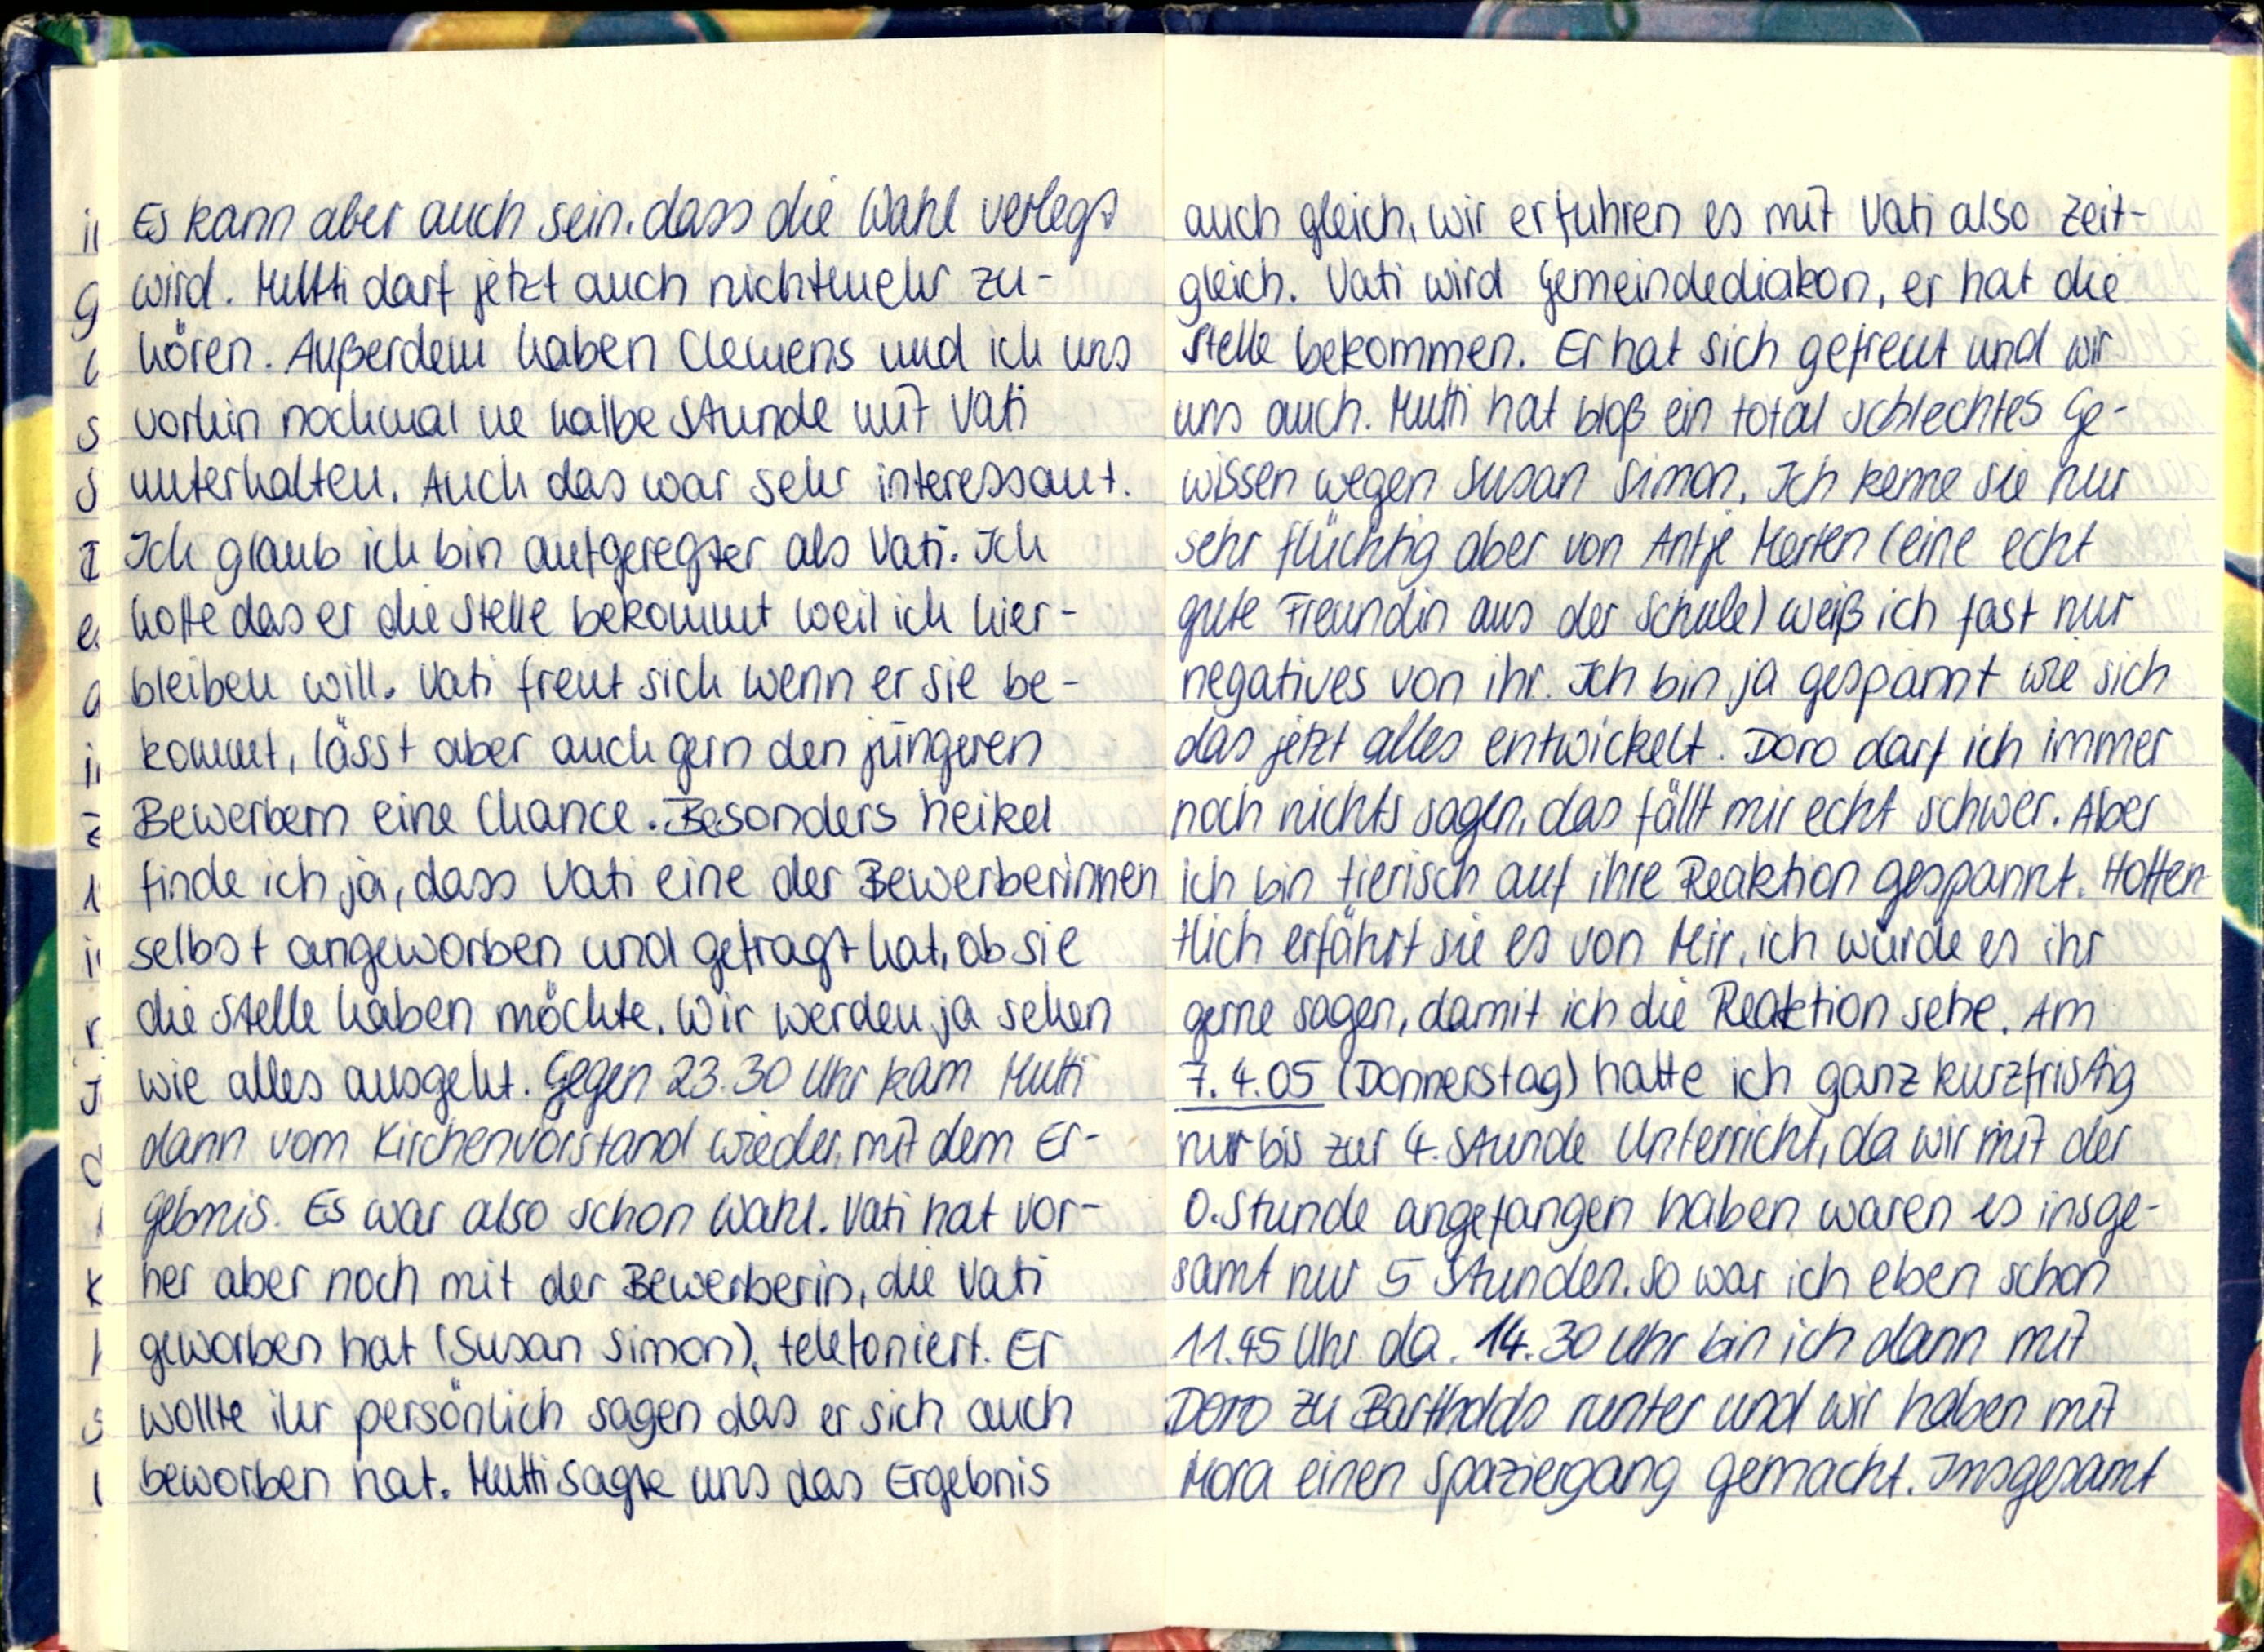
Es kann aber auch sein, dass die Wahl verlegt
wird. Mutti darf jetzt auch nichtmehr zu-
hören. Außerdem haben Clemens und ich uns
vorhin nochmal ne halbe Stunde mit Vati
unterhalten. Auch das war sehr interessant.
Ich glaub ich bin aufgeregter als Vati. Ich
hoffe das er die Stelle bekommt weil ich hier-
bleiben will. Vati freut sich wenn er sie be-
kommt, lässt aber auch gern den jüngeren
Bewerbern eine Chance. Besonders heikel
finde ich ja, dass Vati eine der Bewerberinnen
selbst angeworben und gefragt hat, ob sie
die Stelle haben möchte. Wir werden ja sehen
wie alles ausgeht. Gegen 23.30 Uhr kam Mutti
dann vom Kirchenvorstand wieder, mit dem Er-
gebnis. Es war also schon Wahl. Vati hat vor-
her aber noch mit der Bewerberin, die Vati
geworben hat (Susan Simon), telefoniert. Er
wollte ihr persönlich sagen das er sich auch
beworben hat. Mutti sagte uns das Ergebnis

auch gleich, wir erfuhren es mit Vati also Zeit-
gleich. Vati wird Gemeindediakon, er hat die
Stelle bekommen. Er hat sich gefreut und wir
uns auch. Mutti hat bloß ein total schlechtes Ge-
wissen wegen Susan Simon. Ich kenne sie nur
sehr flüchtig aber von Antje Merten (eine echt
gute Freundin aus der Schule) weiß ich fast nur
negatives von ihr. Ich bin ja gespannt wie sich
das jetzt alles entwickelt. Doro darf ich immer
noch nichts sagen, das fällt mir echt schwer. Aber
ich bin tierisch auf ihre Reaktion gespannt. Hoffen-
tlich erfährt sie es von Mir, ich würde es ihr
gerne sagen, damit ich die Reaktion sehe. Am
7.4.05 (Donnerstag) hatte ich ganz kurzfristig
nur bis zur 4. Stunde Unterricht, da wir mit der
0. Stunde angefangen haben waren es insge-
samt nur 5 Stunden. So war ich eben schon
11.45 Uhr da. 14.30 Uhr bin ich dann mit
Doro zu Bartholds runter und wir haben mit
Mora einen Spaziergang gemacht. Insgesamt